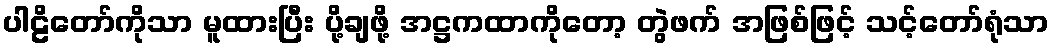
ပါဠိတော်ကိုသာ မူထားပြီး ပို့ချဖို့ အဋ္ဌကထာကိုတော့ တွဲဖက် အဖြစ်ဖြင့် သင့်တော်ရုံသာ